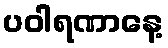
ပဝါရဏာနေ့